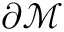
\partial \mathcal { M }